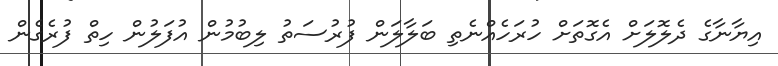
އިޔާނާގެ ދެލޮލަށް އެގޮތަށް ހުރަހެއްނެތި ބަލާލަން ފުރުސަތު ލިބުމުން އުފަލުން ހިތް ފުރެގެން